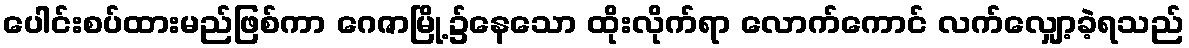
ပေါင်းစပ်ထားမည်ဖြစ်ကာ ဂေဇာမြို့၌နေသော ထိုးလိုက်ရာ လောက်ကောင် လက်လျှော့ခဲ့ရသည်